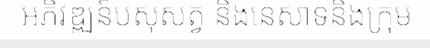
អភិវឌ្ឍន៍បសុសត្វ និងនេសាទនិងក្រុម